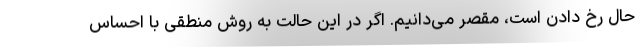
حال رخ دادن است، مقصر می‌دانیم. اگر در این حالت به روش منطقی با احساس